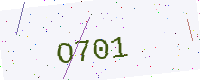
Text: O701